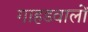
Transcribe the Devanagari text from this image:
गाहडवालों